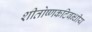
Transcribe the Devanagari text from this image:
शीतोष्णकटिबन्धीय